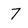
Character: 7